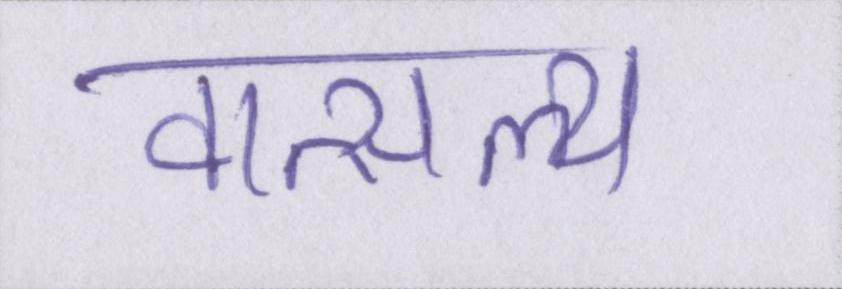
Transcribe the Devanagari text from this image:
वात्सल्य